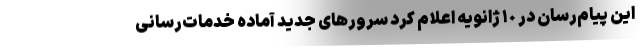
این پیام‌رسان در ١٠ ژانویه اعلام کرد سرورهای جدید آماده خدمات‌رسانی